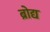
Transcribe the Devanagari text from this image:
ब्रोद्य